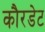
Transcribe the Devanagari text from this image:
कौरडेट